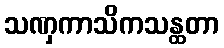
သဏှကာသိကသန္ထတာ